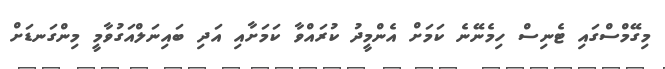
މިގޭމްސްގައި ޓެނިސް ހިމެނޭނެ ކަމަށް އެންމީދު ކުރައްވާ ކަމަށާއި އަދި ބައިނަލްއަގުވާމީ މިންގަނޑަށް